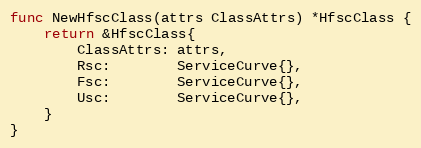
Language: Go
func NewHfscClass(attrs ClassAttrs) *HfscClass {
	return &HfscClass{
		ClassAttrs: attrs,
		Rsc:        ServiceCurve{},
		Fsc:        ServiceCurve{},
		Usc:        ServiceCurve{},
	}
}